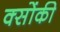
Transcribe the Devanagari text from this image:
क्सोंकी